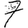
Digit: 7